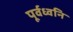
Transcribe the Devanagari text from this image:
पूर्वध्वनि